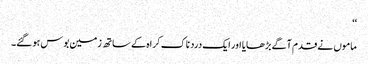
‘‘
ماموں نے قدم آگے بڑھایا اور ایک درد ناک کراہ کے ساتھ زمین بوس ہوگئے۔